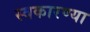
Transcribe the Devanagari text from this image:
स्वकारण्या